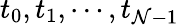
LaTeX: t_{0},t_{1},\cdots,t_{\mathcal{N}-1}